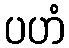
ပဟံ